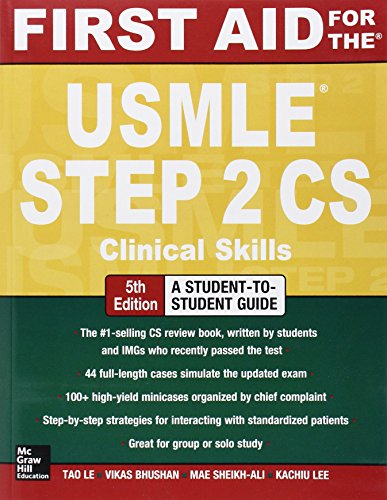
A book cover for First Aid for the USMLE Step 2 CS, Fifth Edition (First Aid USMLE); Tao Le; Test Preparation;